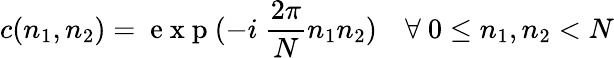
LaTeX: c(n_{1},n_{2})=\mathrm{~e~x~p~}(-i\ \frac{2\pi}{N}n_{1}n_{2})\quad\forall\ 0\leq n_{1},n_{2}<N